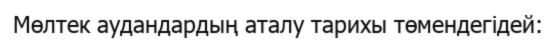
Мөлтек аудандардың аталу тарихы төмендегідей: